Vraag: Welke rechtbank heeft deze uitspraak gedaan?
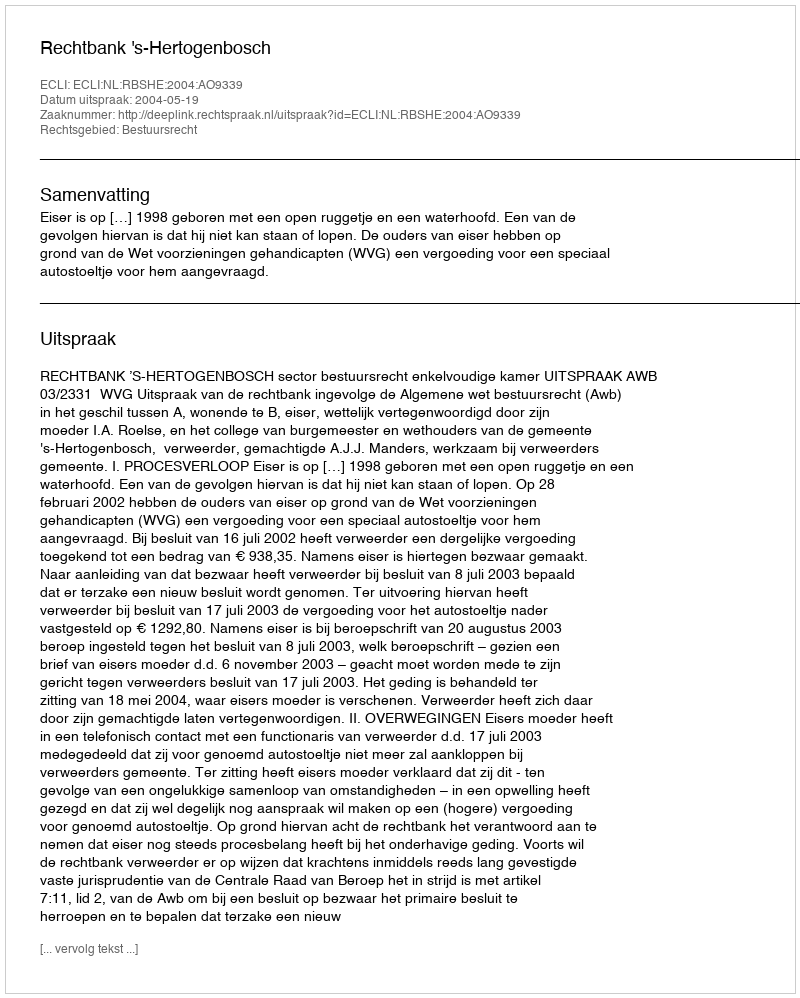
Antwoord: Rechtbank 's-Hertogenbosch